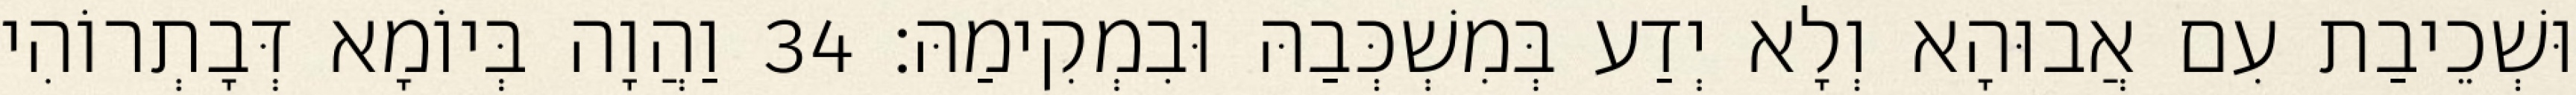
וּשְׁכֵיבַת עִם אֲבוּהָא וְלָא יְדַע בְּמִשְׁכְּבַהּ וּבִמְקִימַהּ׃ 34 וַהֲוָה בְּיוֹמָא דְּבָתְרוֹהִי